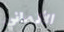
الألماني